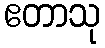
ဧတာသု